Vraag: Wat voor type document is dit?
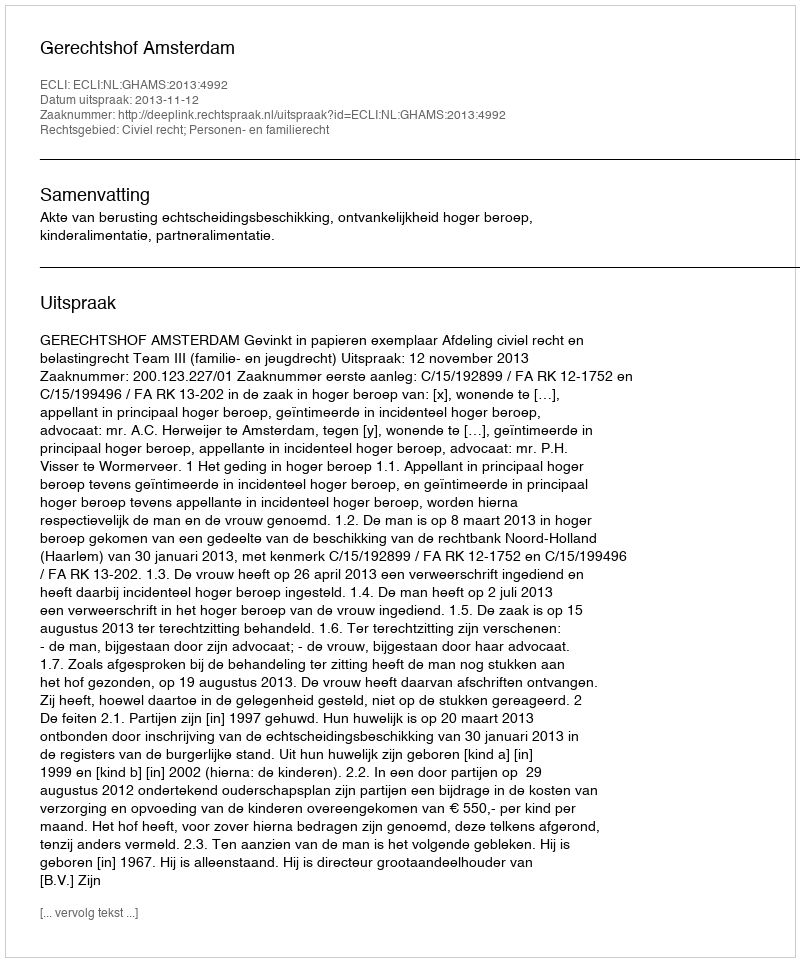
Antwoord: Uitspraak